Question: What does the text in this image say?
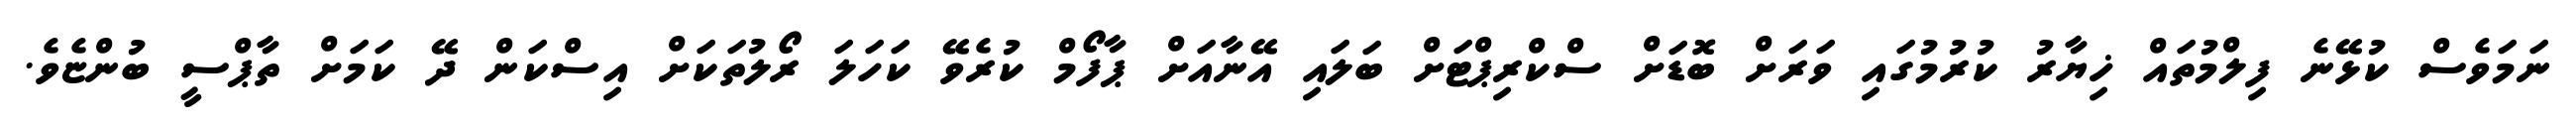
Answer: ނަމަވެސް ކުޅޭނެ ފިލްމުތައް ޚިޔާރު ކުރުމުގައި ވަރަށް ބޮޑަށް ސްކްރިޕްޓަށް ބަލައި އޭނާއަށް ޕާފޯމް ކުރެވޭ ކަހަލަ ރޯލުތަކަށް އިސްކަން ދޭ ކަމަށް ތާޕްސީ ބުންޏެވެ.